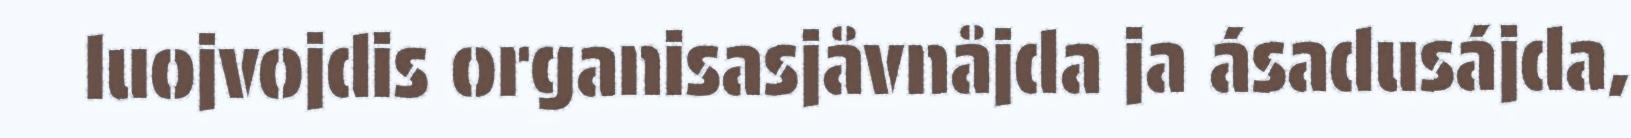
luojvojdis organisasjåvnåjda ja ásadusájda,